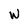
Character: W